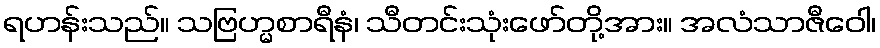
ရဟန်းသည်။ သဗြဟ္မစာရီနံ၊ သီတင်းသုံးဖော်တို့အား။ အလံသာဇီဝေါ၊